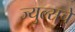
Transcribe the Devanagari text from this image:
ज्युल्सचे